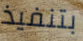
بتنفيذ